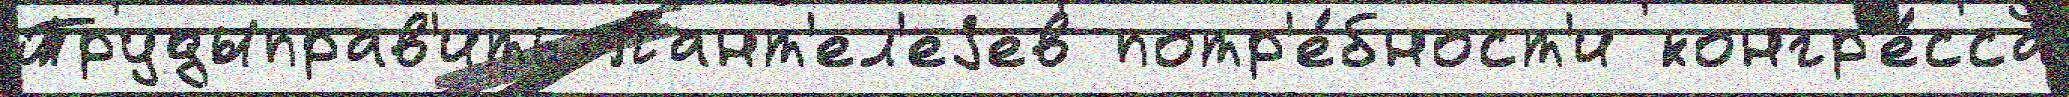
Трудыправ'ить Пант'ел'еjев потр'е́бност'и конгр'е́сса